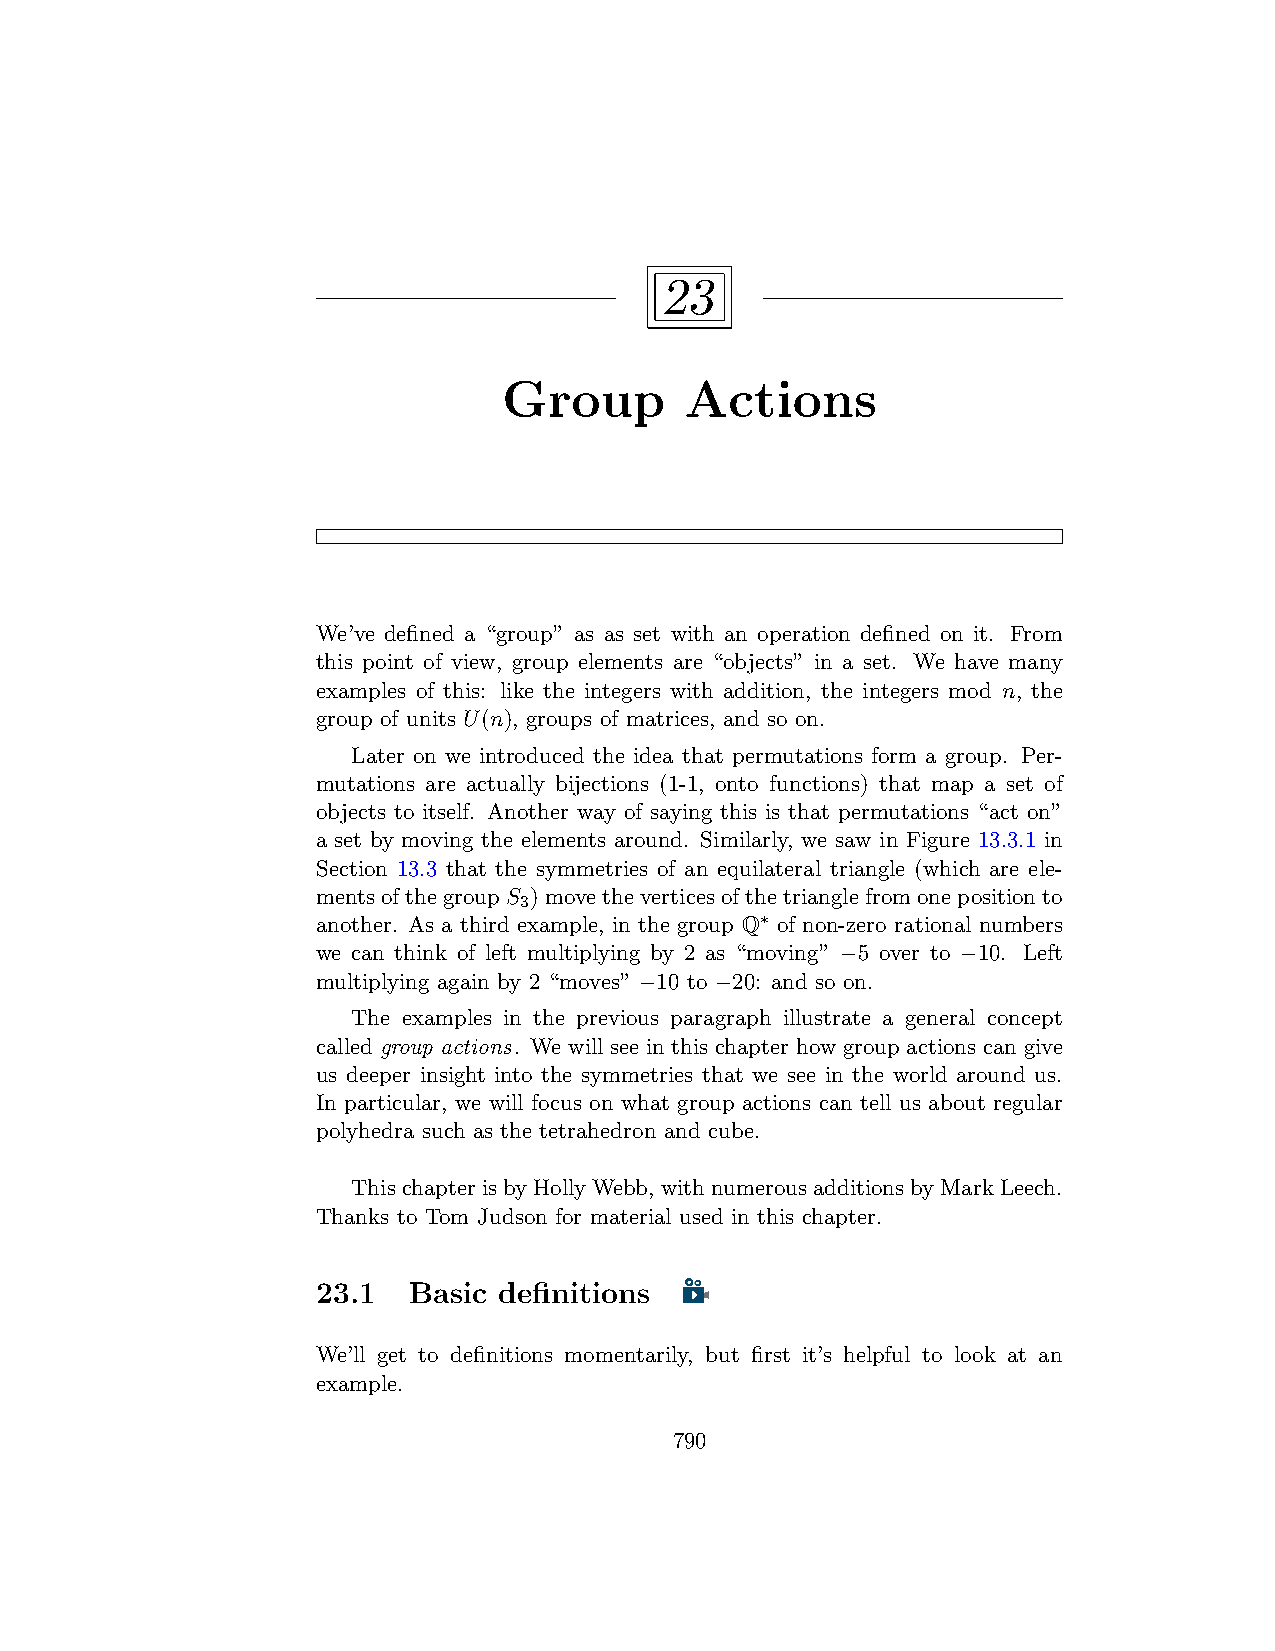
23
 Group       Actions
 We’ve defined a “group” as as set with an operation defined on it. From
 this point of view, group elements are “objects” in a set. We have many
 examples of this: like the integers with addition, the integers mod n, the
 group of units U(n), groups of matrices, and so on.
 Later on we introduced the idea that permutations form a group. Per-
 mutations are actually bijections (1-1, onto functions) that map a set of
 objects to itself. Another way of saying this is that permutations “act on”
 a set by moving the elements around. Similarly, we saw in Figure 13.3.1 in
 Section 13.3 that the symmetries of an equilateral triangle (which are ele-
 mentsofthegroupS )movetheverticesofthetrianglefromonepositionto
 3
 another. As a third example, in the group Q∗ of non-zero rational numbers
 we can think of left multiplying by 2 as “moving” −5 over to −10. Left
 multiplying again by 2 “moves” −10 to −20: and so on.
 The examples in the previous paragraph illustrate a general concept
 called group actions. We will see in this chapter how group actions can give
 us deeper insight into the symmetries that we see in the world around us.
 In particular, we will focus on what group actions can tell us about regular
 polyhedra such as the tetrahedron and cube.
 ThischapterisbyHollyWebb, withnumerousadditionsbyMarkLeech.
 Thanks to Tom Judson for material used in this chapter.
 23.1  Basic definitions
 We’ll get to definitions momentarily, but first it’s helpful to look at an
 example.
 790